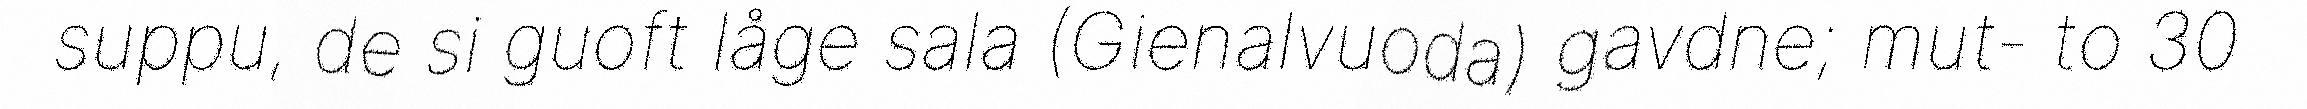
suppu, de si guoft låge sala (Gienalvuoda) gavdne; mut- to 30